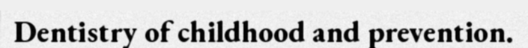
Dentistry of childhood and prevention.